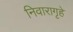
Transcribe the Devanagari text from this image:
निवारागृहे